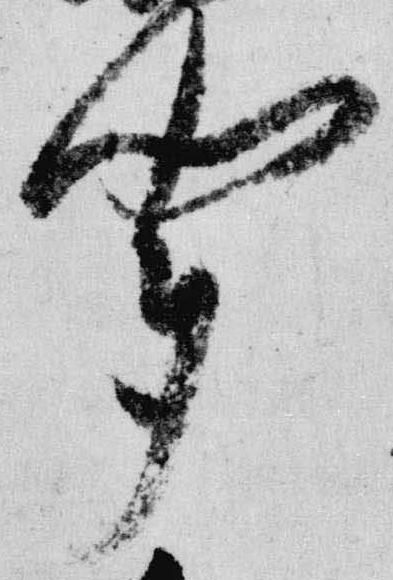
聞